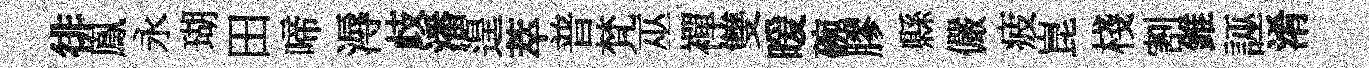
徘鳯永瑚田啼溽歧潘遑萃普梵巫襌雙暖碗膠縣儼疲崑棧割錐誣淆